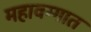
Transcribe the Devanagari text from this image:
महावग्गात